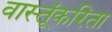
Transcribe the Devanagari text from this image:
वास्तूंकरिता